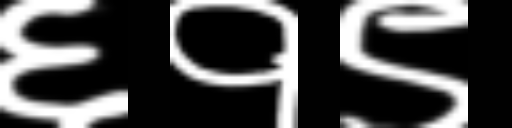
Text: ६१९